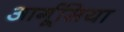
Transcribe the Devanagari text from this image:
आर्गूसिया